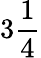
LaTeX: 3\frac 14